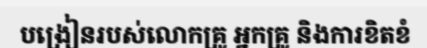
បង្រៀនរបស់លោកគ្រូ អ្នកគ្រូ និងការខិតខំ